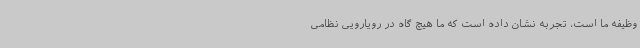
وظیفه ما است، تجربه نشان داده است که ما هیچ گاه در رویارویی نظامی